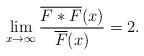
LaTeX: \begin{align*}\lim\limits_{x\rightarrow\infty}\frac{\overline{F*F}(x)}{\overline{F}(x)} = 2.\end{align*}